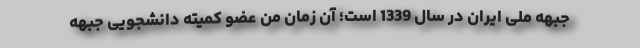
جبهه ملی ایران در سال 1339 است؛ آن زمان من عضو كمیته دانشجویی جبهه